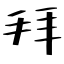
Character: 拜